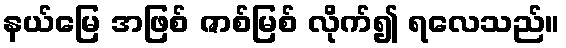
နယ်မြေ အဖြစ် ဇာစ်မြစ် လိုက်၍ ရလေသည်။